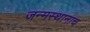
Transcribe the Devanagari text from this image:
जन्मस्थानाच